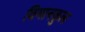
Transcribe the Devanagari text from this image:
विमानकुल